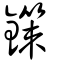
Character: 鏼